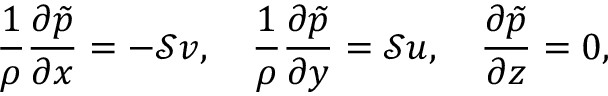
\frac { 1 } { \rho } \frac { \partial \tilde { p } } { \partial x } = - \mathcal { S } v , \quad \frac { 1 } { \rho } \frac { \partial \tilde { p } } { \partial y } = \mathcal { S } u , \quad \frac { \partial \tilde { p } } { \partial z } = 0 ,